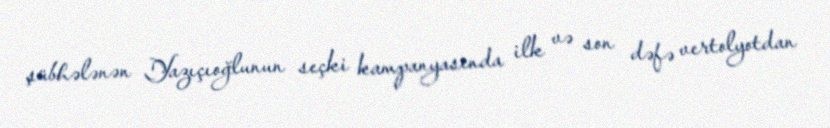
şübhələnən Yazıçıoğlunun seçki kampanyasında ilk və son dəfə vertolyotdan